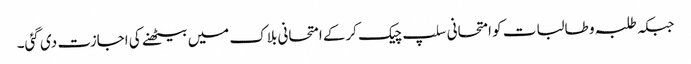
جبکہ طلبہ و طالبات کو امتحانی سلپ چیک کرکے امتحانی بلاک میں بیٹھنے کی اجازت دی گئی۔